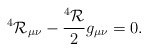
\begin{align*}^4{\cal R}_{\mu\nu}-\frac{^4{\cal R} }{2} g_{\mu\nu}=0.\end{align*}